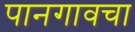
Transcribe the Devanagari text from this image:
पानगावचा